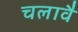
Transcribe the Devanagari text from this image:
चलावै